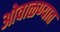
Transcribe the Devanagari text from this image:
ओवाळण्यात